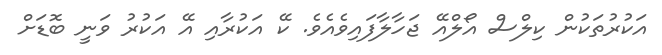
އަކުރުތަކުން ކިލްސް އޯލްއޭ ޖަހާލާފައިވެއެވެ. ކޭ އަކުރާއި އޭ އަކުރު ވަނީ ބޮޑަށް